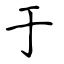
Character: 于